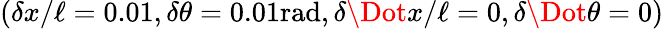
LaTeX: (\delta x/\ell=0.01,\delta\theta=0.01\mathrm{rad},\delta\Dot{x}/\ell=0,\delta\Dot{\theta}=0)